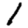
Digit: 1